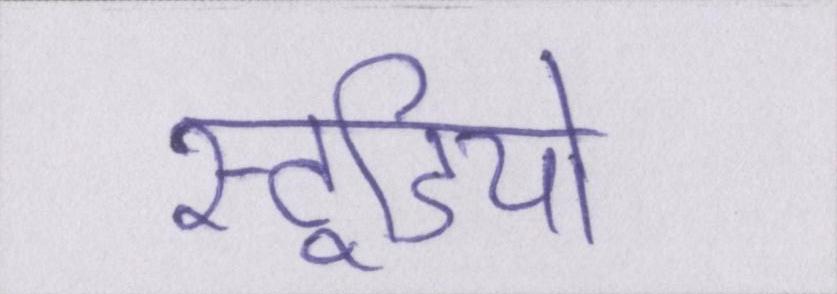
स्टूडियो